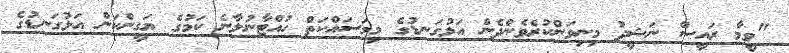
"ވީމާ ރައީސް ނަޝީދު މިނިވަންކުރެވެންދެން އަޅުގަނޑުގެ މިމަސައްކަތް ހުއްޓާނުލާނެ ކަމުގެ ޔަގީންކަން އަޅުގަނޑުގެ